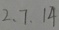
2 , 7 , 1 4